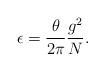
LaTeX: \begin{align*}\epsilon=\frac{\theta}{2\pi}\frac{g^{2}}{N}.\end{align*}